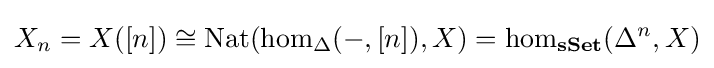
X_{n}=X([n])\cong \operatorname {Nat} (\operatorname {hom} _{\Delta }(-,[n]),X)=\operatorname {hom} _{\textbf {sSet}}(\Delta ^{n},X)